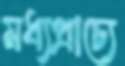
মধ্যপ্রাচ্যে